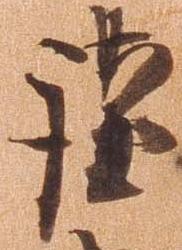
謹